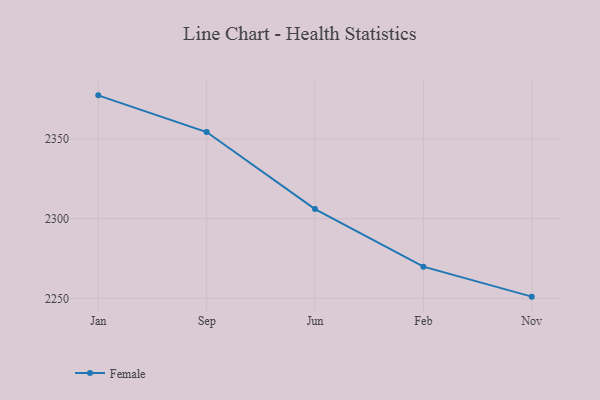
{"axis": {"x": "Month", "y": "Customer Acquisition Cost (USD)"}, "legend": ["Female"], "data": [{"x": "Jan", "y": 2377.3, "type": "Female"}, {"x": "Sep", "y": 2354.3, "type": "Female"}, {"x": "Jun", "y": 2306.0, "type": "Female"}, {"x": "Feb", "y": 2269.9, "type": "Female"}, {"x": "Nov", "y": 2251.1, "type": "Female"}]}